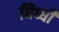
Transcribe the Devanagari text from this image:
घिघ्घी